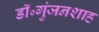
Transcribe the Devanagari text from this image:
डॉ॰गुंजनशाह